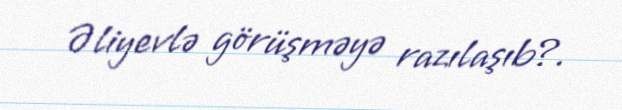
Əliyevlə görüşməyə razılaşıb?.